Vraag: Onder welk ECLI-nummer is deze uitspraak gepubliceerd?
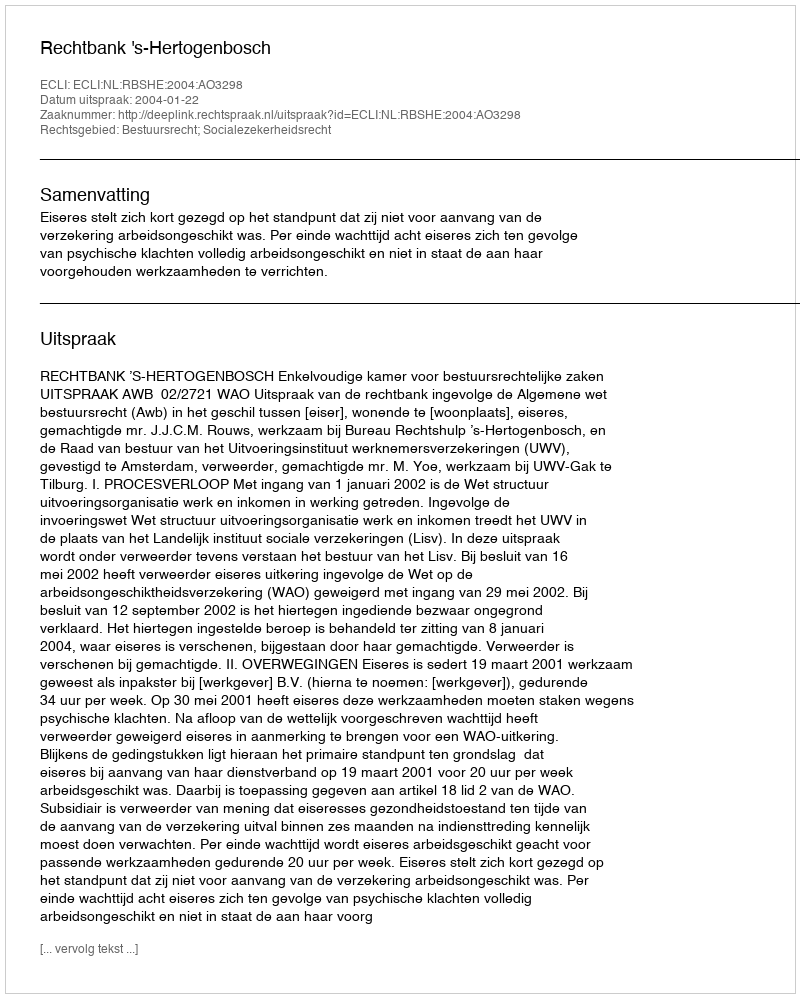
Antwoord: ECLI:NL:RBSHE:2004:AO3298